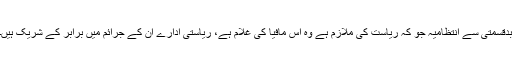
بدقسمتی سے انتظامیہ جو کہ ریاست کی ملازم ہے وہ اس مافیا کی غلام ہے، ریاستی ادارے ان کے جرائم میں برابر کے شریک ہیں۔